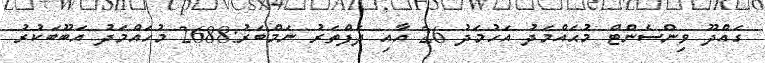
ގައްދޫ ވިންސެންޓް މުޙައްމަދު އަހުމަދު 26 އާއި ދަފްތަރު ނަމްބަރު:2688 މުހައްމަދު އަބޫބަކުރު